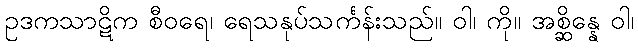
ဥဒကသာဋိက စီဝရေ၊ ရေသနုပ်သင်္ကန်းသည်။ ဝါ၊ ကို။ အစ္ဆိန္နေ ဝါ၊